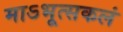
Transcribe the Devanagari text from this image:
माऽभूत्सकलं